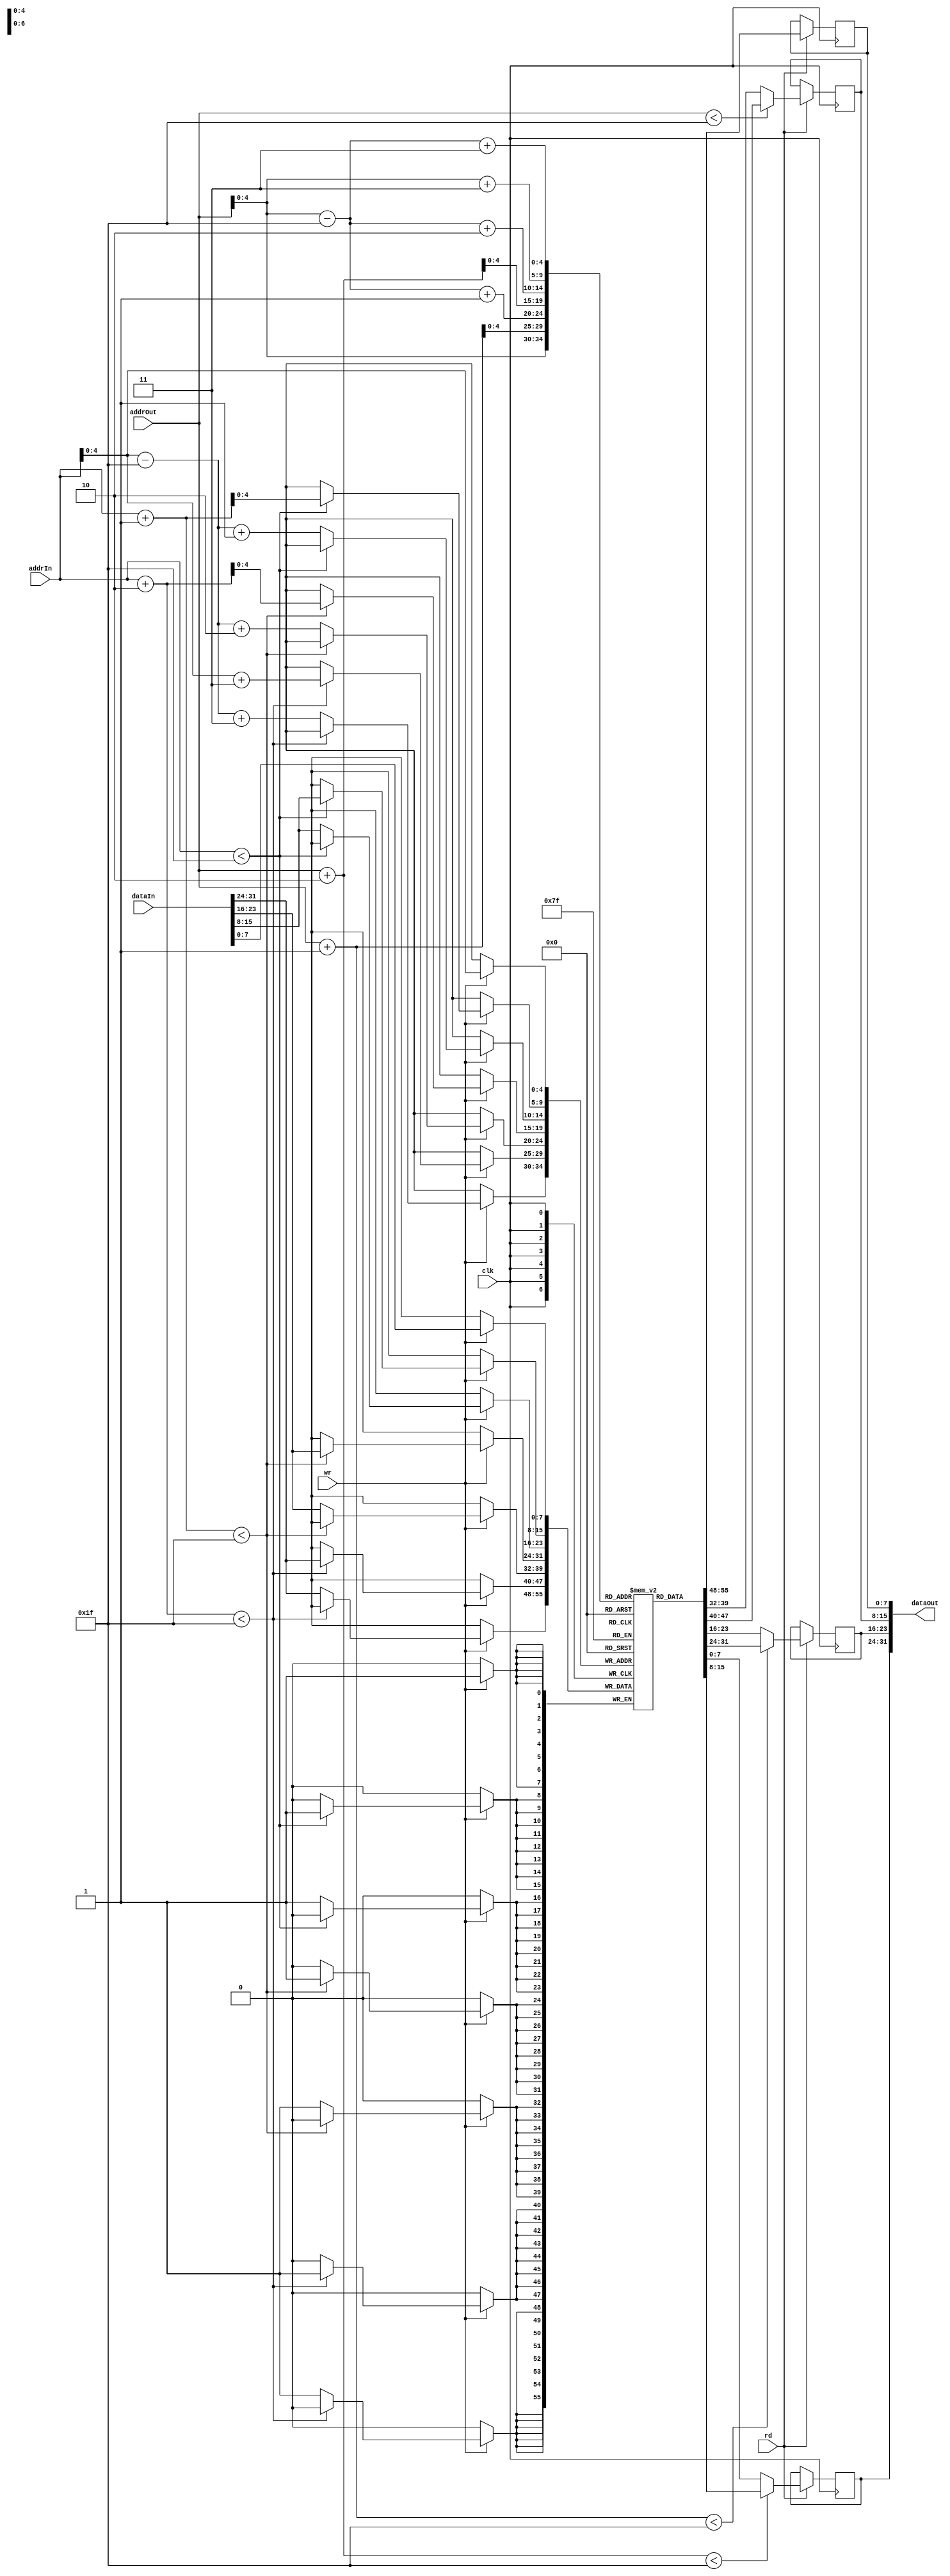
/*
  Manipulate the registers

  Input:
    clk		: clock signal
    addrIn  : 32-bit input address
    addrOut : 32-bit output address
    dataIn  : 32-bit input data
    wr      : write signal
    rd1		: read signals

  Output:
    dataOut: data at the requested address
*/
module memory(
	input wire clk,
	input wire [31:0] addrIn,
	input wire [31:0] addrOut,
	input wire [31:0] dataIn,
	input wire wr, rd,
	output wire [31:0] dataOut) ;
	
	reg [7:0] mem [31:0];
	reg [31:0] out;
	
	reg [7:0] a,b,c,d;
	
	integer i;		

	assign dataOut = {a,b,c,d};
	
	// Initial Block
	initial begin
		for (i=0; i < 32; i = i + 1) 
			mem[i] = 8'b0;
	end
	
//	always @(posedge clk) begin
//		if (wr) begin
//			mem[addrIn] <= dataIn[7:0];
//			
//			if (addrIn < (~32'b0)) mem[addrIn + 32'b1] <= dataIn[15:8];
//			else mem[addrIn - (~32'b0) + 32'b1] <= dataIn[15:8];
//			
//			if (addrIn + 32'b1 < (~32'b0)) mem[addrIn + 32'b10] <= dataIn[23:16];
//			else mem[addrIn - (~32'b0) + 32'b10] <= dataIn[23:16]; 
//			
//			if (addrIn + 32'b10 < (~32'b0)) mem[addrIn + 32'b11] <= dataIn[31:24];
//			else mem[addrIn - (~32'b0) + 32'b11] <= dataIn[31:24];
//		end
//		if (rd) begin
//			out[7:0] <= mem[addrOut];
//			
//			if (addrOut < (~32'b0)) out[15:8] <= mem[addrOut + 32'b1];
//			else out[15:8] <= mem[addrOut - (~32'b0) + 32'b1];
//			
//			if (addrOut + 32'b1 < (~32'b0)) out[15:8] <= mem[addrOut + 32'b10];
//			else out[23:16] <= mem[addrOut - (~32'b0) + 32'b10];
//			
//			if (addrOut + 32'b10 < (~32'b0)) out[15:8] <= mem[addrOut + 32'b11];
//			else out[31:24] <= mem[addrOut - (~32'b0) + 32'b11];
//		end
//	end

	always @(posedge clk) begin
		if (wr) begin
			mem[addrIn] <= dataIn[7:0];
			
			if (addrIn < 31) mem[addrIn + 1] <= dataIn[15:8];
			else mem[addrIn - 31 + 1] <= dataIn[15:8];
			
			if (addrIn + 1 < 31) mem[addrIn + 2] <= dataIn[23:16];
			else mem[addrIn - 31 + 2] <= dataIn[23:16]; 
			
			if (addrIn + 2 < 31) mem[addrIn + 3] <= dataIn[31:24];
			else mem[addrIn - 31 + 3] <= dataIn[31:24];
		end
		if (rd) begin
			d <= mem[addrOut];
			
			if (addrOut < 31) c <= mem[addrOut + 1];
			else c <= mem[addrOut - 31 + 1];
			
			if (addrOut + 1 < 31) b <= mem[addrOut + 2];
			else b <= mem[addrOut - 31 + 2];
			
			if (addrOut + 2 < 31) a <= mem[addrOut + 3];
			else a <= mem[addrOut - 31 + 3];
		end
	end
endmodule

module memory_testbench();
	reg clk, wr, rd;
	reg [31:0] addrIn, addrOut;
	reg [31:0] dataIn;
	wire[31:0] dataOut;	

	memory dut(clk, addrIn, addrOut, dataIn, wr, rd, dataOut);

	// Set up the clock.
	always begin
		clk = 1; #5; clk = 0; #5;
	end

	// Set up the inputs to the design. Each line is a clock cycle.
	integer i;
	initial begin
																#10;
		addrIn <= 4; addrOut <= 4; dataIn <= 20;
		wr <= 1; rd <= 1;                        	#10;
																#10;
						dataIn <= 30;                 #10;
																#10;
  end
endmodule